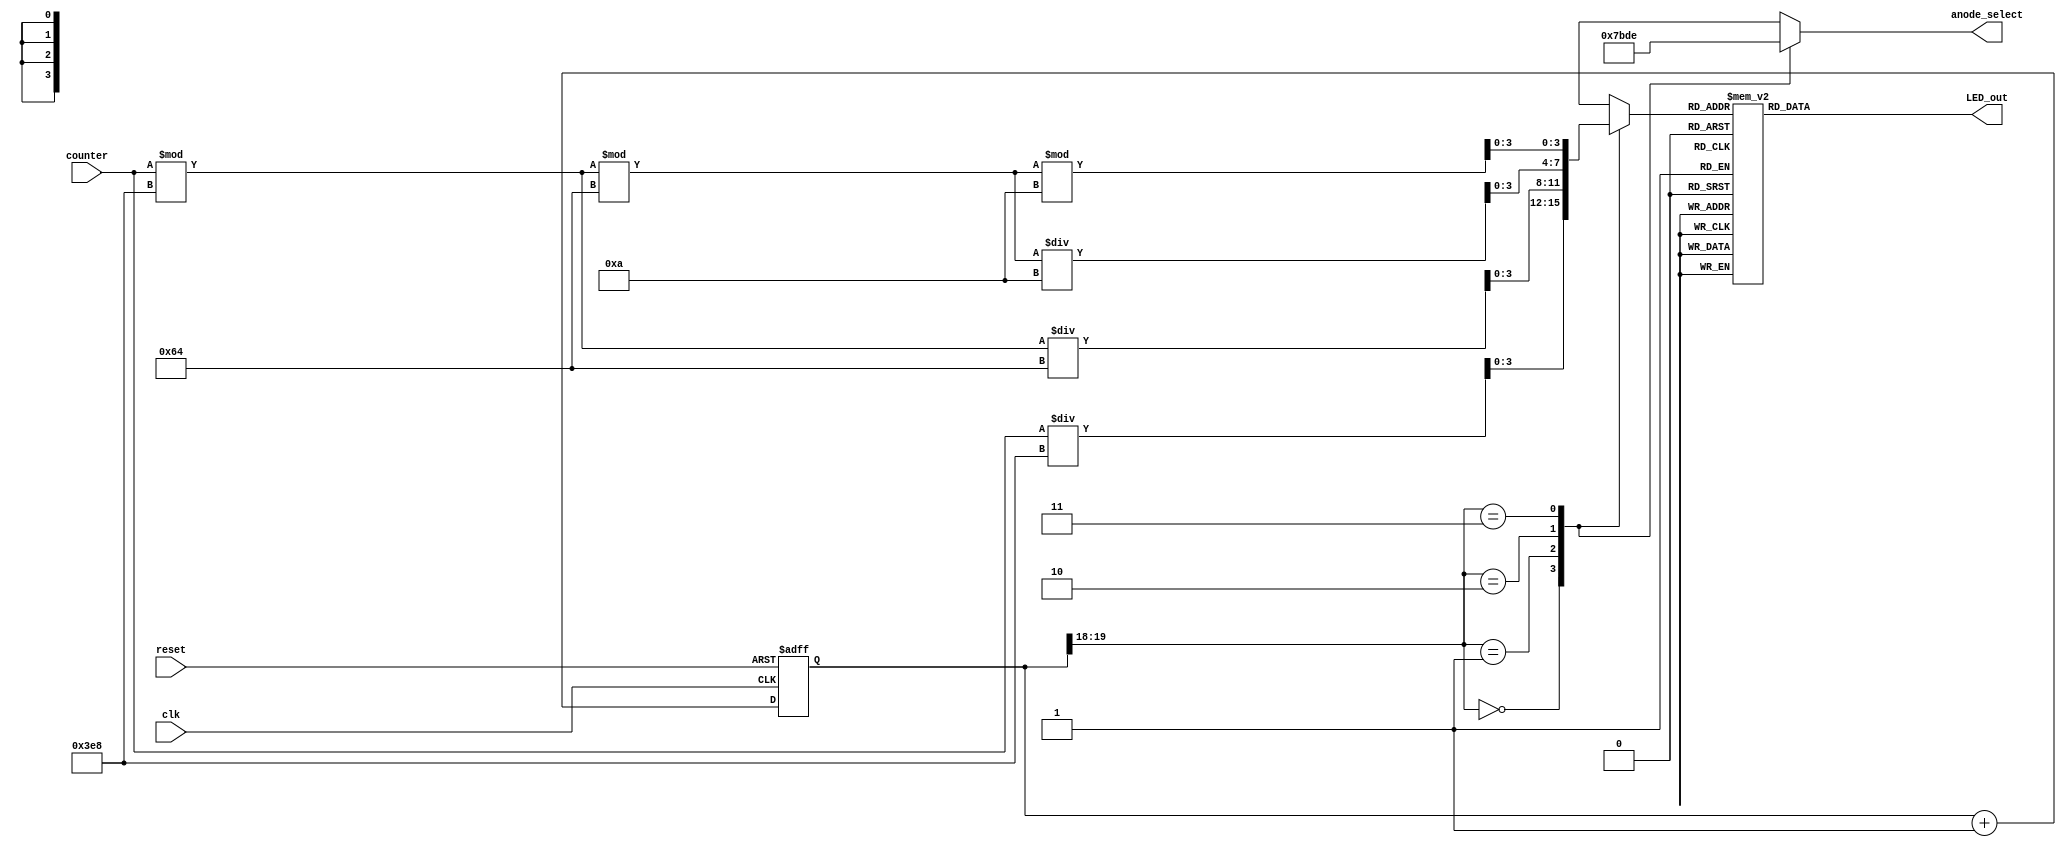
//`timescale 1ns / 1ps
//////////////////////////////////////////////////////////////////////////////////
// Company: Trinity College Dublin
// 
// Module Name: sevenseg.v
// 
//////////////////////////////////////////////////////////////////////////////////

module seven_segment_controller(
    input clk, // 100 Mhz clock source on Basys 3 FPGA
    input reset, // reset
    input [12:0] counter,
    output reg [3:0] anode_select, // select one of the 4 7-segment modules by choosing one to be activated - note that this is an active low signal
    output reg [6:0] LED_out// cathode patterns of the 7-segment LED display
    );

 
    reg [3:0] LED_BCD;
    reg [19:0] refresh_counter; // 20-bit for creating 10.5ms refresh period or 380Hz refresh rate
             // the first 2 MSB bits for creating 4 LED-activating signals with 2.6ms digit period

    wire [1:0] LED_activating_counter; 
                 // count     0    ->  1  ->  2  ->  3
              // activates    LED1    LED2   LED3   LED4
             // and repeat
    
    always @(posedge clk or posedge reset)
    begin 
        if(reset==1)
            refresh_counter <= 0;
        else
            refresh_counter <= refresh_counter + 1;
    end 
    assign LED_activating_counter = refresh_counter[19:18];
    // anode activating signals for 4 LEDs, digit period of 2.6ms
    // decoder to generate anode signals 

    always @(*)
    begin
        case(LED_activating_counter)
        2'b00: begin
            anode_select = 4'b0111; 
            // activate LED1 and Deactivate LED2, LED3, LED4
            LED_BCD = counter/1000;
             // the first digit of the 8-bit countererature value
              end
        2'b01: begin
            anode_select = 4'b1011; 
            // activate LED2 and Deactivate LED1, LED3, LED4
            LED_BCD = (counter%1000)/100;
            // the second digit of the 8-bit countererature value
              end
        2'b10: begin
            anode_select = 4'b1101; 
            // activate LED3 and Deactivate LED2, LED1, LED4
            LED_BCD = ((counter%1000)%100)/10;
            // the last digit of the 8-bit countererature value
                end
        2'b11: begin
            anode_select = 4'b1110; 
            // activate LED4 and Deactivate LED2, LED3, LED1
            LED_BCD = ((counter%1000)%100)%10;
            // F symbol to indicate Fahrenheit
               end
        endcase
    end

    // Attach binary numbers to their 7 segment representation
    always @(*)
    begin
        case(LED_BCD)
        4'b0000: LED_out = 7'b0000001; // "0"     
        4'b0001: LED_out = 7'b1001111; // "1" 
        4'b0010: LED_out = 7'b0010010; // "2" 
        4'b0011: LED_out = 7'b0000110; // "3" 
        4'b0100: LED_out = 7'b1001100; // "4" 
        4'b0101: LED_out = 7'b0100100; // "5" 
        4'b0110: LED_out = 7'b0100000; // "6" 
        4'b0111: LED_out = 7'b0001111; // "7" 
        4'b1000: LED_out = 7'b0000000; // "8"     
        4'b1001: LED_out = 7'b0000100; // "9" 
        4'b1111: LED_out = 7'b0111000; // "F"
        default: LED_out = 7'b0000001; // "0"
        endcase
    end
 endmodule